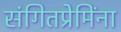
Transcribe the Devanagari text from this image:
संगितप्रेमिंना